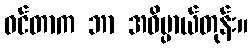
ဝင်တာက ဘာ အဓိပ္ပာယ်တုန်း။